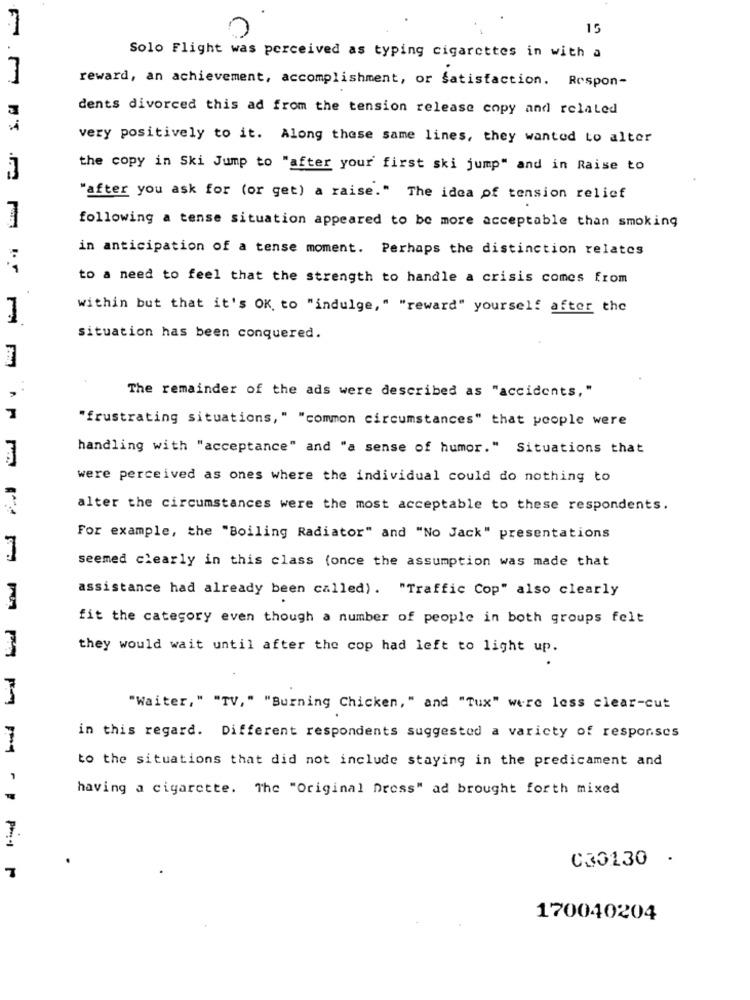
7
15
Solo Flight was perceived as typing cigarettes in with a
7
reward, an achievement, accomplishment, or satisfaction. Respon-
dents divorced this ad from the tension release copy and related
very positively to it. Along these same lines, they wanted to alter
the copy in Ski Jump to "after your first ski jump" and in Raise to
"after you ask for (or get) a raise." The idea of tension relief
following a tense situation appeared to be more acceptable than smoking
in anticipation of a tense moment. Perhaps the distinction relates
to a need to feel that the strength to handle a crisis comes from
within but that it's OK to "indulge," "reward" yourself after the
situation has been conquered.
..
The remainder of the ads were described as "accidents,"
"frustrating situations, " "common circumstances" that people were
handling with "acceptance" and "a sense of humor." Situations that
were perceived as ones where the individual could do nothing to
alter the circumstances were the most acceptable to these respondents.
For example, the "Boiling Radiator" and "No Jack" presentations
seemed clearly in this class (once the assumption was made that
assistance had already been called). "Traffic Cop" also clearly
fit the category even though a number of people in both groups felt
they would wait until after the cop had left to light up.
"Waiter," "TV," "Burning Chicken," and "Tux" were less clear-cut
in this regard. Different respondents suggested a variety of responses
to the situations that did not include staying in the predicament and
having a cigarette. The "Original Dress" ad brought forth mixed
C30130 ·
170040204